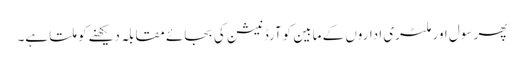
پھر سول اور ملٹری اداروں کے مابین کوآرڈنیشن کی بجائے مقابلہ دیکھنے کو ملتا ہے۔